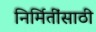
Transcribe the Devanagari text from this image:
निर्मितींसाठी